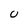
Character: U